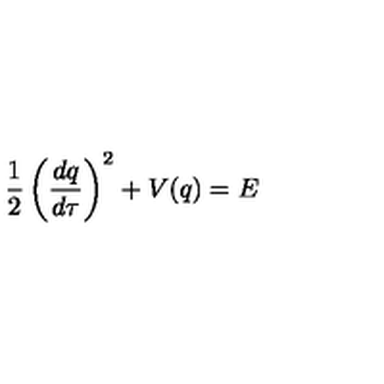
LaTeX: \frac { 1 } { 2 } \left( \frac { d q } { d \tau } \right) ^ { 2 } + V ( q ) = E